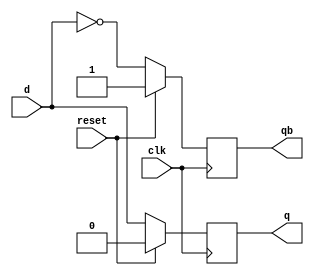
module dff(d,q,qb,clk,reset); 
  input d, clk, reset; 
  output reg q, qb; 
  always@(posedge clk) 
  begin
    if(reset == 1)
      begin
        q <= 0;
        qb <= 1;
      end
    else
      begin
        q <= d; 
        qb <= !d;
      end 
  end 
endmodule

module sequence1010_dff(x, clk, rst, out);
  input x, clk, rst;
  output out;
  wire an,bn,cn,xn,bxorc,d1,d2,d3,ad,bd,cd,w1,w2,w3,w4,w5;
  
  not g01(cn,c);
  not g11(bn,b);
  not g12(xn,x);
  not g13(an,a);
  
  and g17(d1,b,c,xn);
  
  and g20(w1,b,cn,x);
  and g21(w2,bn,c,xn);
  or g22(d2,w1,w2);
  
  and g30(w3,an,x);
  and g31(w4,bn,x);
  or g32(d3,w3,w4);
  
  dff f1(.d(d1),.q(a),.qb(ad),.clk(clk),.reset(rst));
  dff f2(.d(d2),.q(b),.qb(bd),.clk(clk),.reset(rst));
  dff f3(.d(d3),.q(c),.qb(cd),.clk(clk),.reset(rst));
  
  and g42(out, a, x);
endmodule